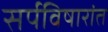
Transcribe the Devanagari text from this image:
सर्पविषारांत